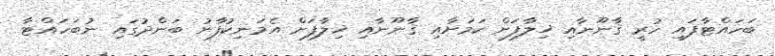
ބަހައްޓާފައި ހުރީ ޤާނޫނާއި ޚިލާފަށް ކަމަށާއި ޤާނޫނާއި ޚިލާފަށް އެމަނިކުފާނު ބަންދުގައި ނުބަހައްޓާ